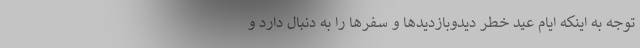
توجه به اینکه ایام عید خطر دیدوبازدیدها و سفرها را به دنبال دارد و